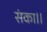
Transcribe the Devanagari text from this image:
संका।।